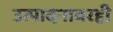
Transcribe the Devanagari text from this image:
उत्पादनावरही